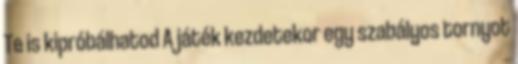
Te is kipróbálhatod A játék kezdetekor egy szabályos tornyot